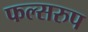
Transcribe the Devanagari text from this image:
फल्सरुप